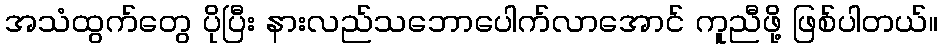
အသံထွက်တွေ ပိုပြီး နားလည်သဘောပေါက်လာအောင် ကူညီဖို့ ဖြစ်ပါတယ်။